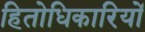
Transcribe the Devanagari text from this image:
हितोधिकारियों